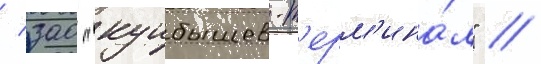
/ зао "куибышев-т'ерм'ина́л" /